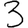
Digit: 3